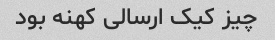
چیز کیک ارسالی کهنه بود